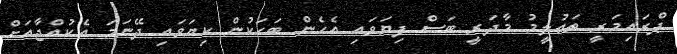
ޕްރައިމަރީ ތަޢުލީމު މާދަރީ ބަސް ފިޔަވައި އެހެން ބަހަކުން ކިޔަވައި ދޭނަމަ އެކުއްޖާއަށް